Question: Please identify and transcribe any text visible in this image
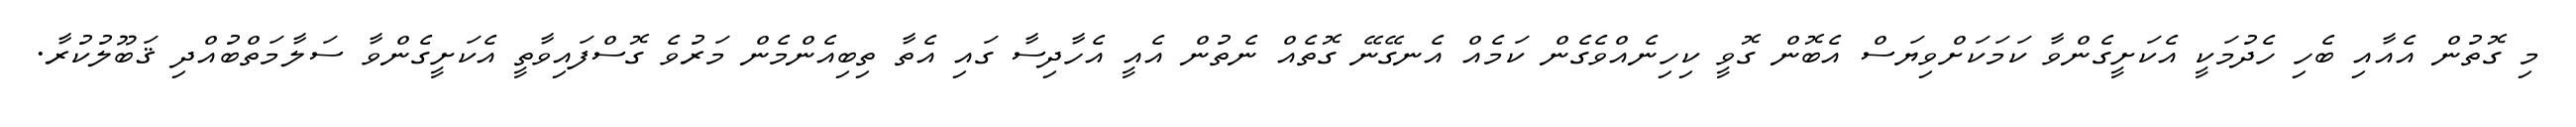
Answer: މި ގޮތުން އެއާއި ބެހި ހެދުމަކީ އެކަށީގެންވާ ކަމަކަށްވިޔަސް އެބޮން ގޮވީ ކިހިނެއްވެގެން ކަމެއް އެނގޭނޭ ގޮތެއް ނެތުން އެއީ އެހާދިސާ ގައި އެތާ ތިބިއެންމެން މަރުވެ ގޮސްފައިވާތީ އެކަށީގެންވާ ސަލާމަތްބުއްދި ޤަބޫލުކުރާ.